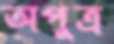
অপুত্র